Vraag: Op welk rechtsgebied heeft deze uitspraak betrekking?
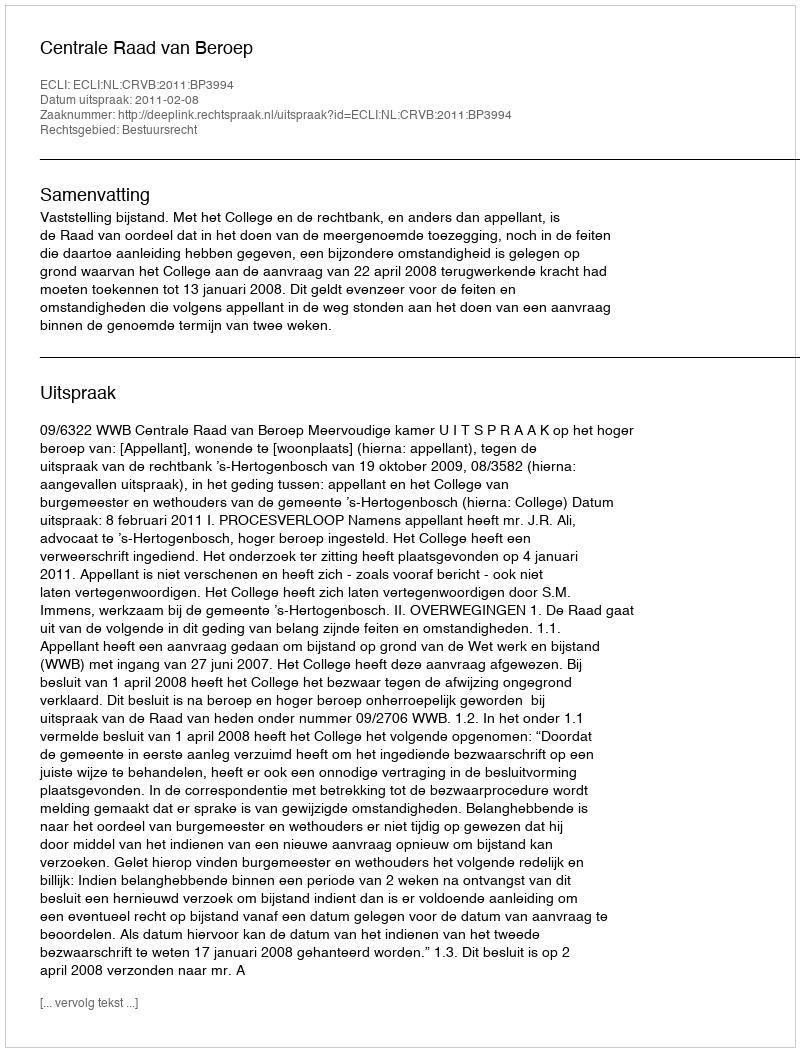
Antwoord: Bestuursrecht